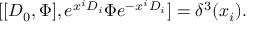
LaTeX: [ [ D _ { 0 } , \Phi ] , e ^ { x ^ { i } D _ { i } } \Phi e ^ { - x ^ { i } D _ { i } } ] = \delta ^ { 3 } ( x _ { i } ) .